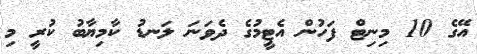
އޭގެ 10 މިނިޓް ފަހުން އެޓީމުގެ ދެވަނަ ލަނޑު ކާމިޔާބު ކުރީ މި